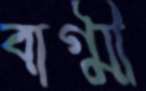
বাগ্মী